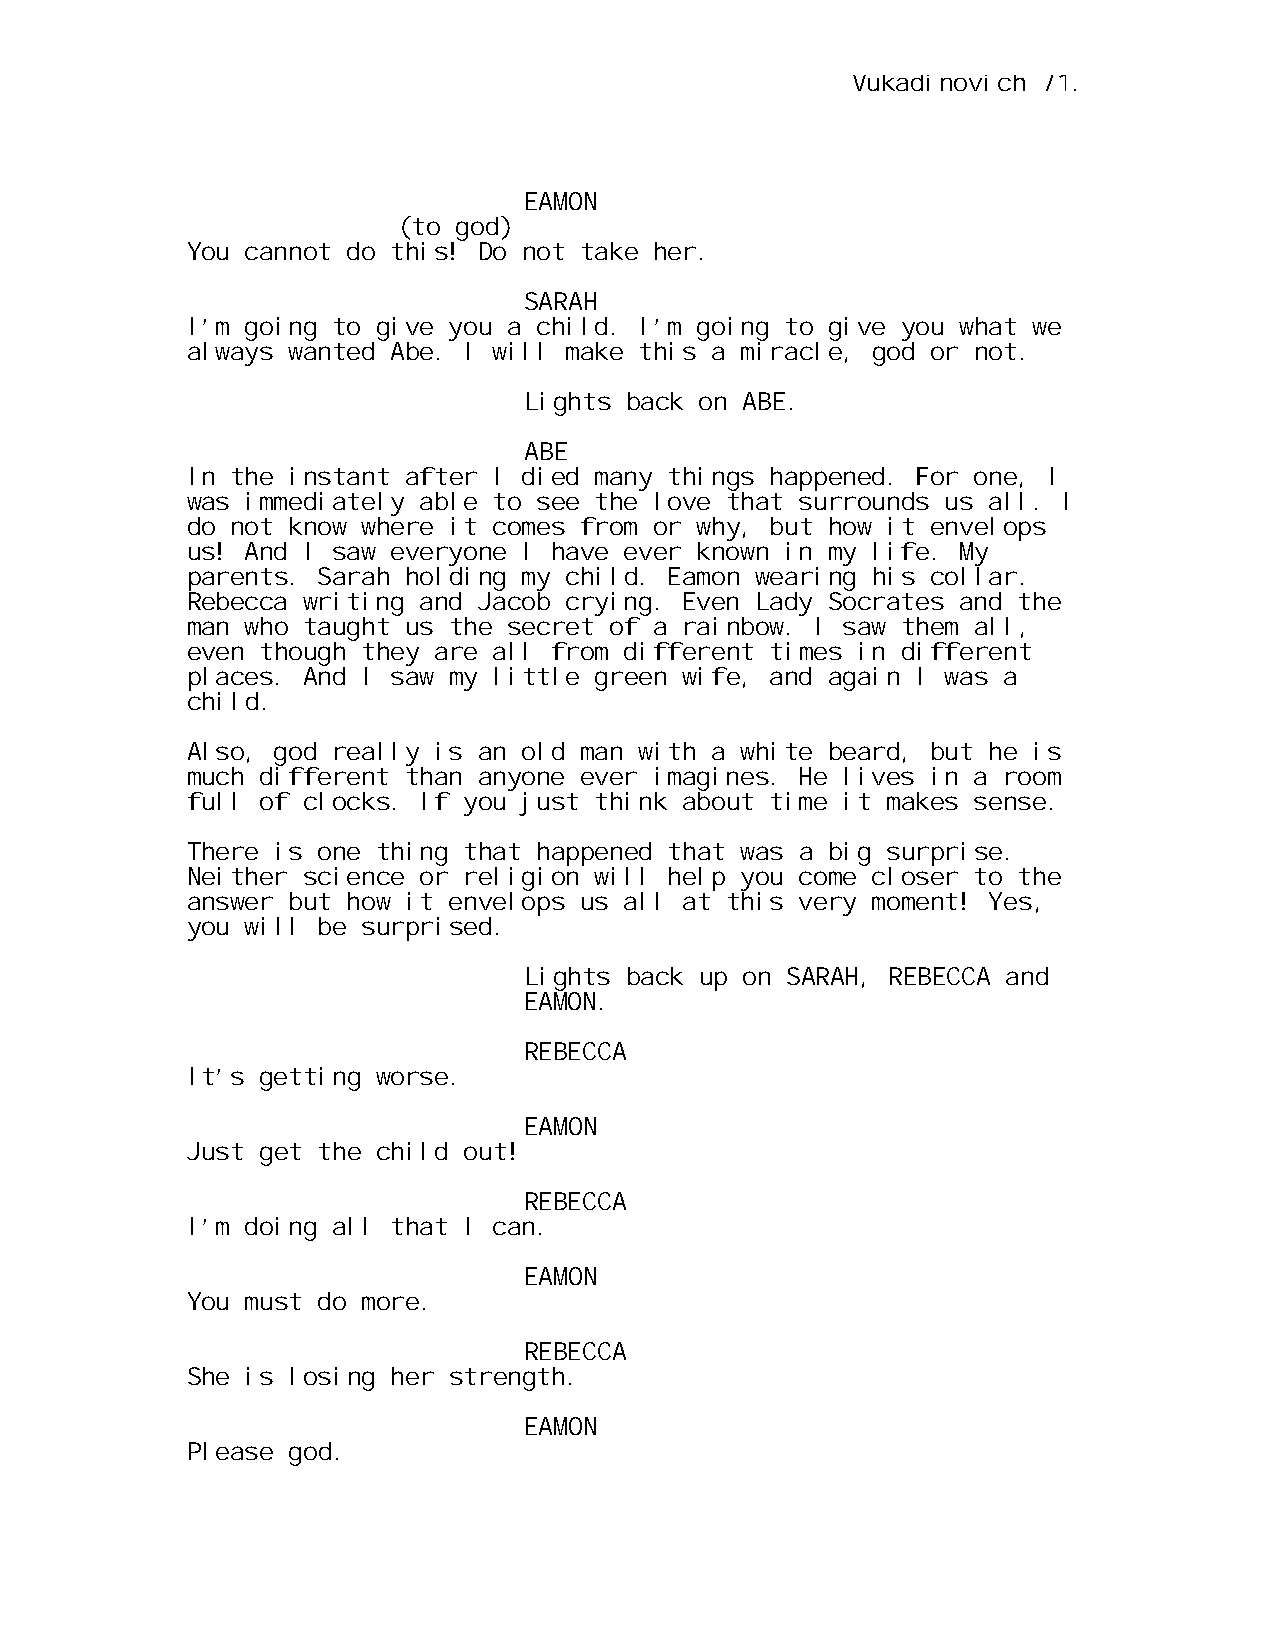
Vukadinovich 71.
 EAMON
 (to god)
 You cannot do this! Do not take her.
 SARAH
 I’m going to give you a child. I’m going to give you what we
 always wanted Abe. I will make this a miracle, god or not.
 Lights back on ABE.
 ABE
 In the instant after I died many things happened. For one, I
 was immediately able to see the love that surrounds us all. I
 do not know where it comes from or why, but how it envelops
 us! And I saw everyone I have ever known in my life. My
 parents. Sarah holding my child. Eamon wearing his collar.
 Rebecca writing and Jacob crying. Even Lady Socrates and the
 man who taught us the secret of a rainbow. I saw them all,
 even though they are all from different times in different
 places. And I saw my little green wife, and again I was a
 child.
 Also, god really is an old man with a white beard, but he is
 much different than anyone ever imagines. He lives in a room
 full of clocks. If you just think about time it makes sense.
 There is one thing that happened that was a big surprise.
 Neither science or religion will help you come closer to the
 answer but how it envelops us all at this very moment! Yes,
 you will be surprised.
 Lights back up on SARAH, REBECCA and
 EAMON.
 REBECCA
 It’s getting worse.
 EAMON
 Just get the child out!
 REBECCA
 I’m doing all that I can.
 EAMON
 You must do more.
 REBECCA
 She is losing her strength.
 EAMON
 Please god.